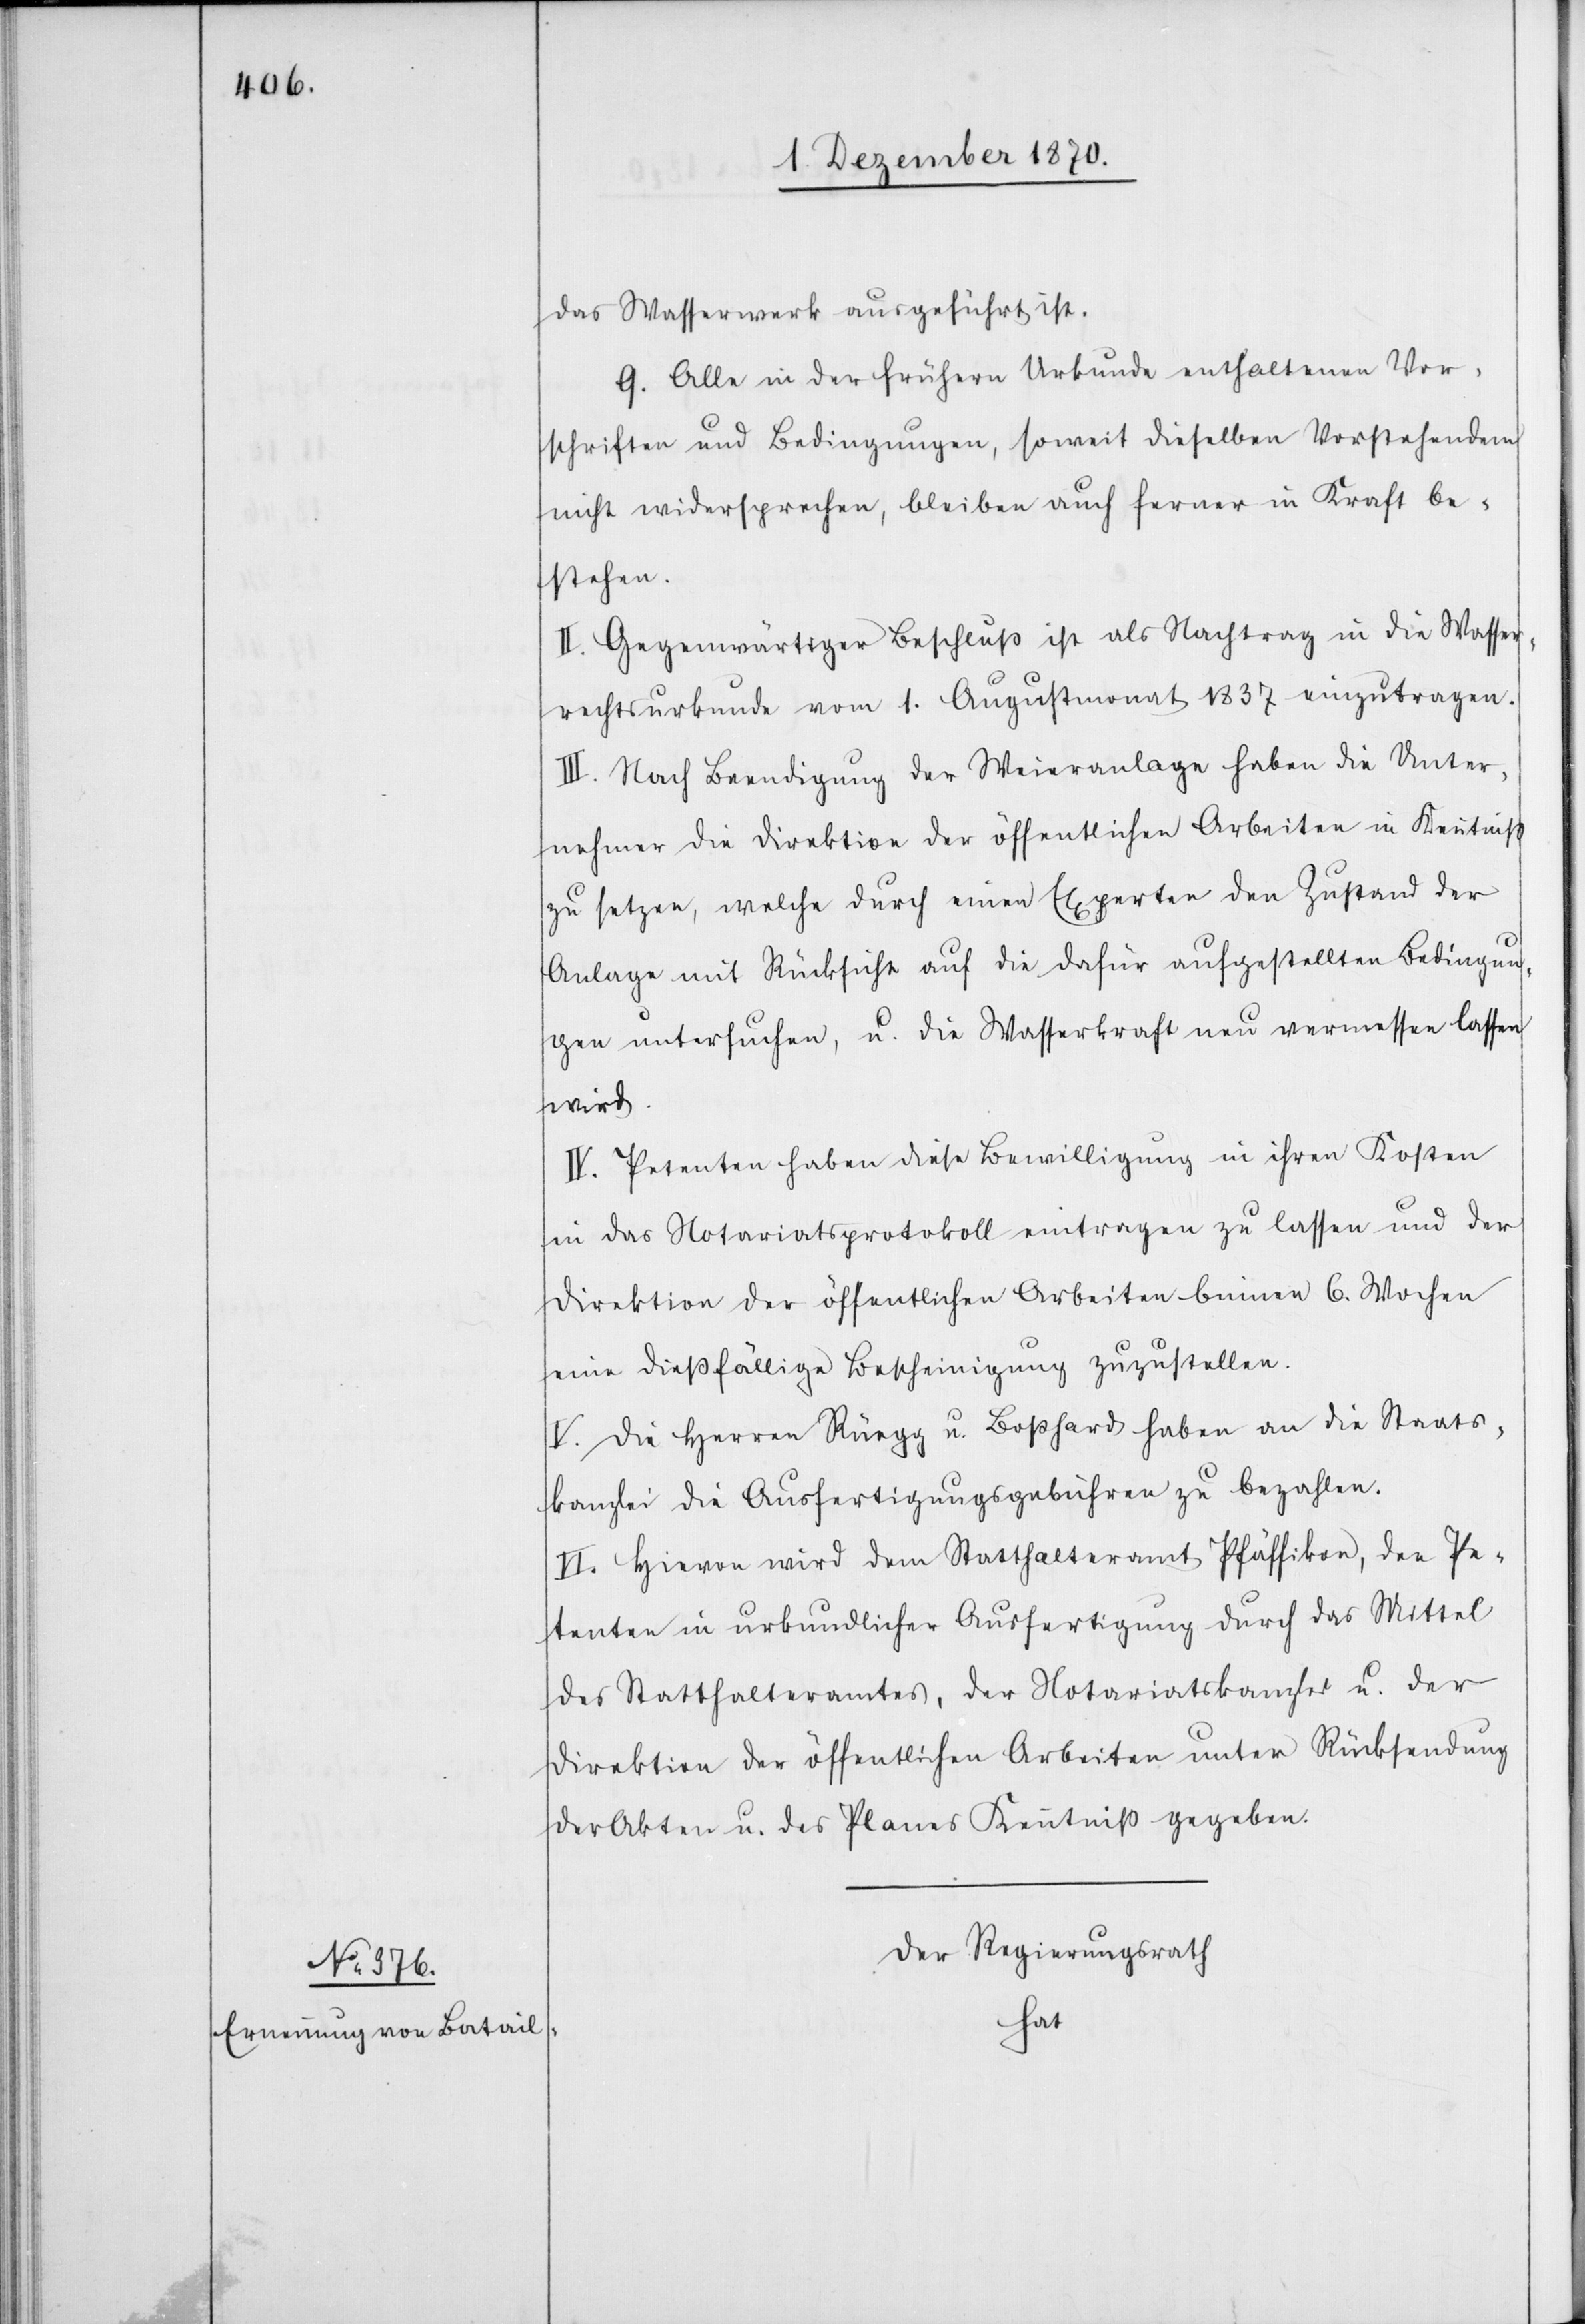
das Wasserwerk ausgeführt ist.
9. alle in der frühern Urkunde enthaltenen Vor¬
schriften und Bedingungen, soweit dieselben Vorstehendem
nicht widersprechen, bleiben auch ferner in Kraft be¬
stehen.
II. Gegenwärtiger Beschluß ist als Nachtrag in die Wasser¬
rechtsurkunde vom 1. Augustmonat 1837 einzutragen.
III. Nach Beendigung der Weieranlage haben die Unter¬
nehmer die Direktion der öffentlichen Arbeiten in Kenntniß
zu setzen, welche durch einen Experten den Zustand der
Anlage mit Rücksicht auf die dafür aufgestellten Bedingun¬
gen untersuchen u. die Wasserkraft neu vermessen lassen
wird.
IV. Petenten haben diese Bewilligung in ihren Kosten
in das Notariatsprotokoll eintragen zu lassen und der
Direktion der öffentlichen Arbeiten binnen 6. Wochen
eine dießfällige Bescheinigung zuzustellen.
V. Die Herren Rüegg u. Boßhard haben an die Staats¬
kanzlei die Ausfertigungsgebühren zu bezahlen.
VI. Hievon wird dem Statthalteramt Pfäffikon, den Pe¬
tenten in urkundlicher Ausfertigung durch das Mittel
des Statthalteramtes, der Notariatskanzlei u. der
Direktion der öffentlichen Arbeiten unter Rücksendung
der Akten u. des Planes Kenntniß gegeben.
Der Regierungsrath
hat